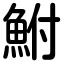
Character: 鮒